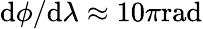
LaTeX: \mathrm{d}\phi/\mathrm{d}\lambda\approx10\pi\mathrm{{ra\mathrm{d}}}